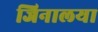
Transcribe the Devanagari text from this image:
जिनालया